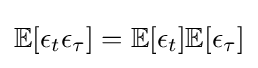
\mathbb {E} [\epsilon _{t}\epsilon _{\tau }]=\mathbb {E} [\epsilon _{t}]\mathbb {E} [\epsilon _{\tau }]